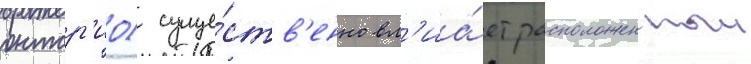
онтар'ио) суще́ств'енно вл'иа́ет расположенныи